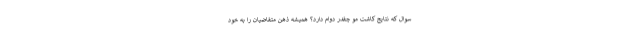
سوال که نتایج کاشت مو چقدر دوام دارد؟ همیشه ذهن متقاضیان را به خود